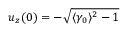
u _ { z } ( 0 ) = - \sqrt { \langle \gamma _ { 0 } \rangle ^ { 2 } - 1 }